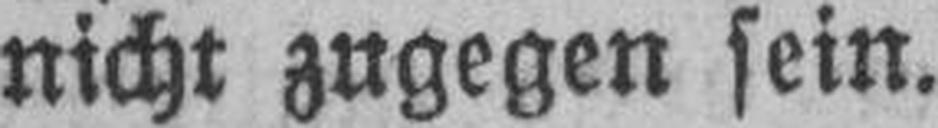
nicht zugegen sein.